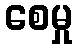
စေမှု